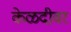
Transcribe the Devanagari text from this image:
केळदीवर